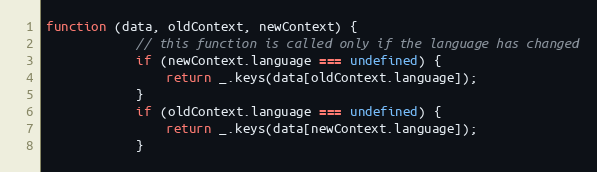
Language: JavaScript
function (data, oldContext, newContext) {
            // this function is called only if the language has changed
            if (newContext.language === undefined) {
                return _.keys(data[oldContext.language]);
            }
            if (oldContext.language === undefined) {
                return _.keys(data[newContext.language]);
            }